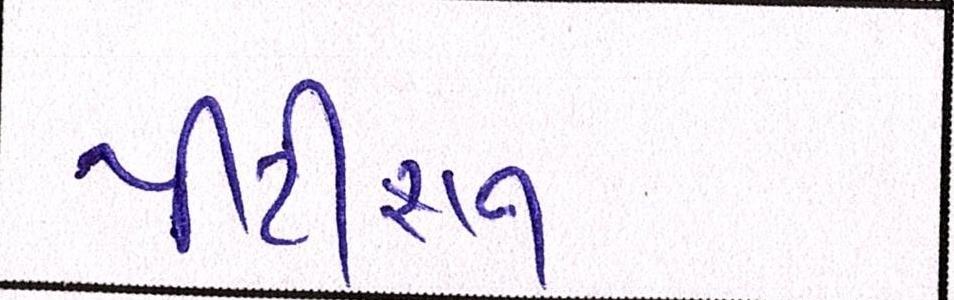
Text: પીટીશન